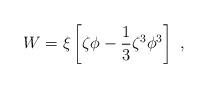
LaTeX: \begin{align*}W=\xi\left[\zeta\phi-{1\over 3}\zeta^3\phi^3\right]~,\end{align*}